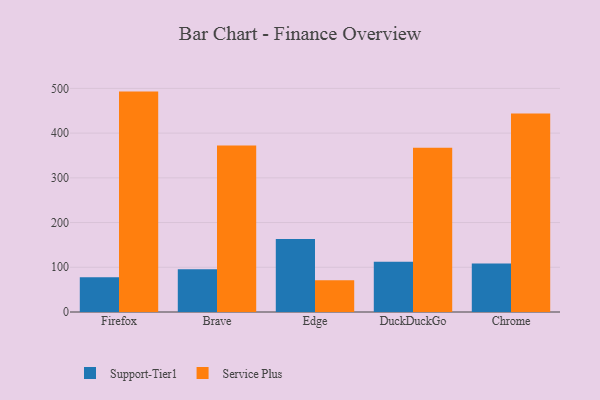
{"axis": {"x": "Browser", "y": "Net Income (USD K)"}, "legend": ["Service Plus", "Support-Tier1"], "data": [{"x": "Firefox", "y": 77.6, "type": "Support-Tier1"}, {"x": "Firefox", "y": 492.8, "type": "Service Plus"}, {"x": "Brave", "y": 95.8, "type": "Support-Tier1"}, {"x": "Brave", "y": 372.4, "type": "Service Plus"}, {"x": "Edge", "y": 163.0, "type": "Support-Tier1"}, {"x": "Edge", "y": 71.1, "type": "Service Plus"}, {"x": "DuckDuckGo", "y": 112.4, "type": "Support-Tier1"}, {"x": "DuckDuckGo", "y": 367.4, "type": "Service Plus"}, {"x": "Chrome", "y": 108.2, "type": "Support-Tier1"}, {"x": "Chrome", "y": 444.0, "type": "Service Plus"}]}